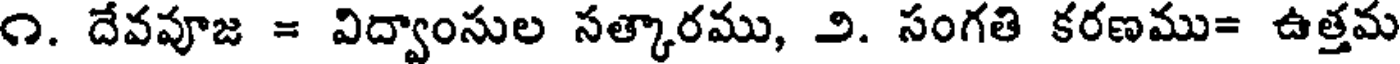
౧. దేవవూజ = విద్వాంసుల సత్కారము, ౨. సంగతి కరణము= ఉత్తమ